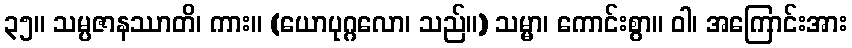
၃၅။ သမ္ပဇာနဿာတိ၊ ကား။ (ယောပုဂ္ဂလော၊ သည်။) သမ္မာ၊ ကောင်းစွာ။ ဝါ၊ အကြောင်းအား